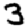
Digit: 3